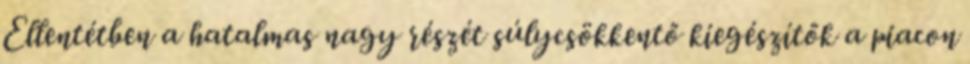
Ellentétben a hatalmas nagy részét súlycsökkentő kiegészítők a piacon